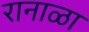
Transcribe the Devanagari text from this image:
रानाळा